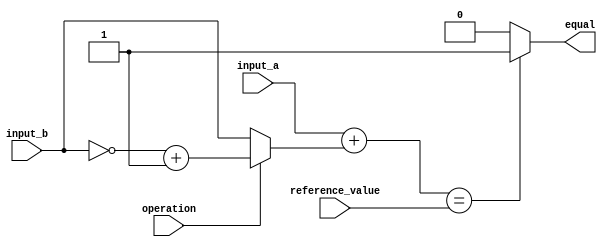
module arithmetic_comparator (
  input wire [7:0] input_a,
  input wire [7:0] input_b,
  input wire operation, // 0 for addition, 1 for subtraction
  input wire [7:0] reference_value,
  output reg equal
);

reg [8:0] diff;
reg [8:0] result;
reg [7:0] a_temp;
reg [7:0] b_temp;

always @* begin
  if(operation == 0) begin
    a_temp = input_a;
    b_temp = input_b;
  end else begin
    a_temp = input_a;
    b_temp = ~input_b + 1;
  end

  diff = a_temp + b_temp;
end

always @* begin
  if(diff == reference_value) begin
    equal = 1;
  end else begin
    equal = 0;
  end
end

endmodule